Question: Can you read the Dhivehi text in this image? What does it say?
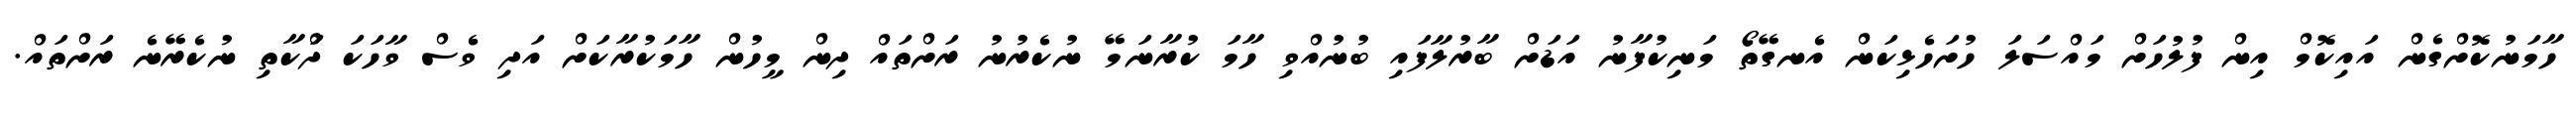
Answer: ހާމަނުކޮށްގެން އައިކޮމް އިން ފުލުހަށް މައްސަލަ ހުށަހެޅިކަން އެނގޭތޯ މަނިކުފާނު އަޑަށް ބާރުލާފައި ބުނުއްވި ހާމަ ކުރާނަމޭ ނުކެރުނު ރަށްތައް ދިން މީހުން ހާމަކުރާކަށް އަދި ވެސް ވާހަކަ ދަްކާތި ނުކެރޭނެ ރަށްތައް.